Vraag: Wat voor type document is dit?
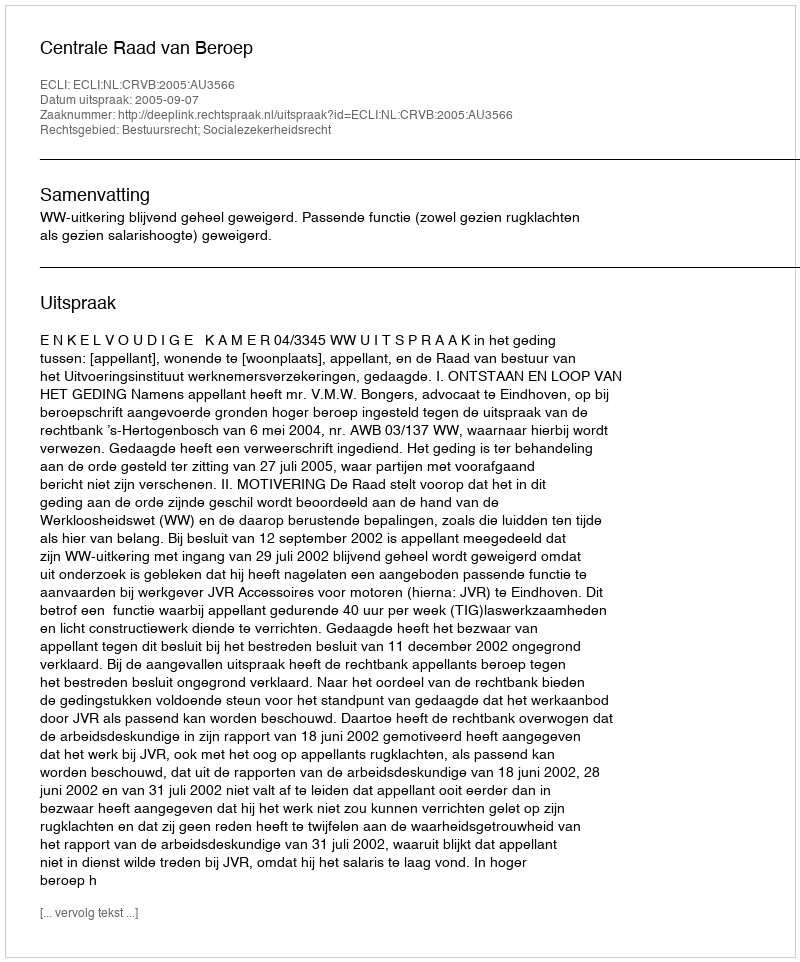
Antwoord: Uitspraak